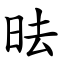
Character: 㫢